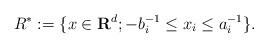
LaTeX: \begin{align*} R^* := \{x \in \mathbf{R}^d; -b_i^{-1} \leq x_i \leq a_i^{-1}\}. \end{align*}